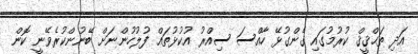
އަދި ތަޙްޤީޤް ކުރުމުގައި ގެންގުޅޭ ހާއްސަ ސިއްރު އުކުޅުތައް ފުލުހުންނަށް ބޭނުންކުރެވޭނީ ކޮން